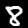
Label: 8